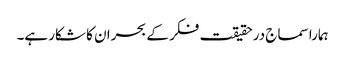
ہمارا سماج درحقیقت فکر کے بحران کا شکار ہے۔